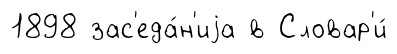
1898 зас'еда́н'иjа в Словар'и́